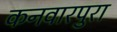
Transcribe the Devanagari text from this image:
कनवारपुरा